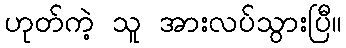
ဟုတ်ကဲ့ သူ အားလပ်သွားပြီ။